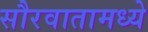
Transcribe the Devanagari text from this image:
सौरवातामध्ये